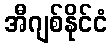
အီဂျစ်နိုင်ငံ